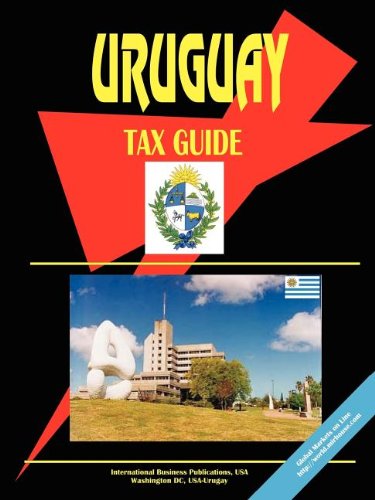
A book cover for Uruguay Tax Guide; Ibp Usa; Travel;